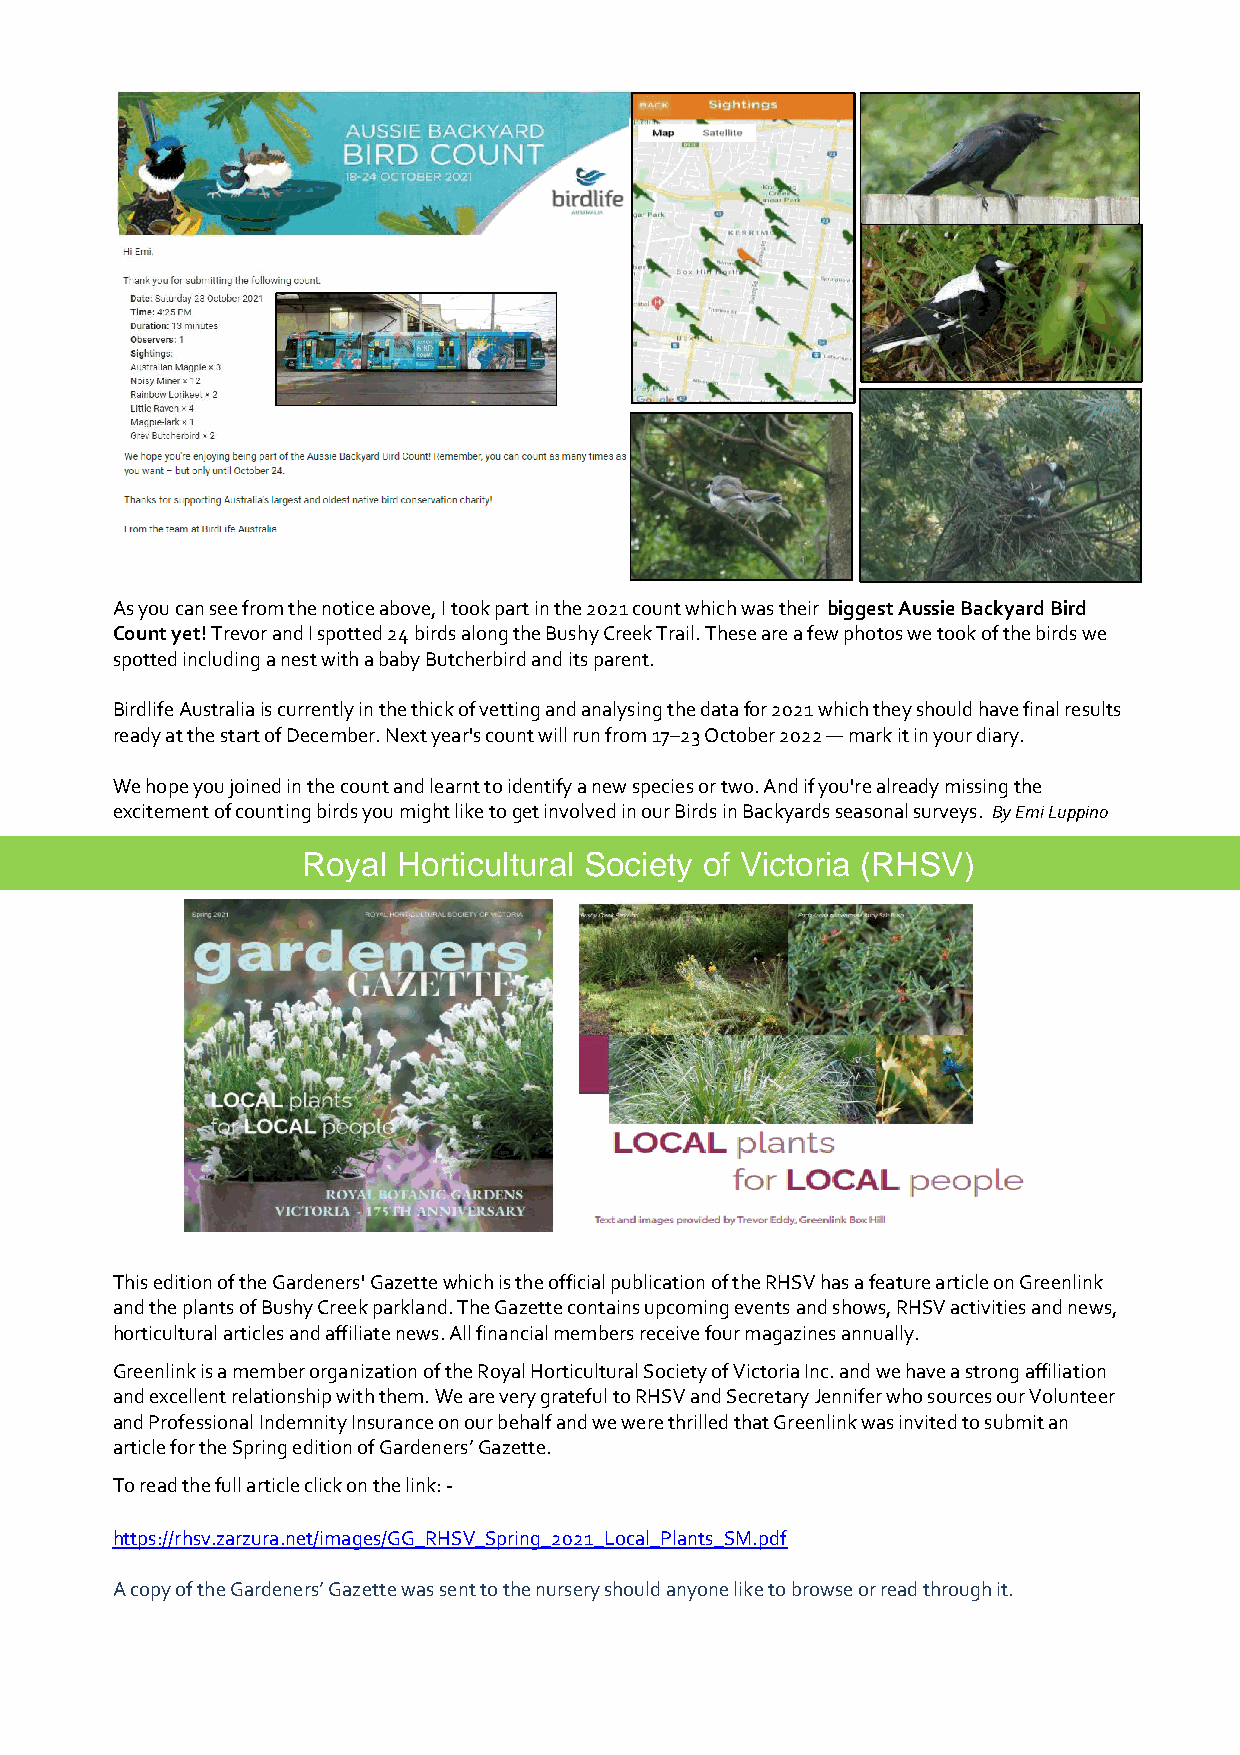
As you can see from the notice above, I took part in the 2021 count which was their biggest Aussie Backyard Bird
 Count yet! Trevor and I spotted 24 birds along the Bushy Creek Trail. These are a few photos we took of the birds we
 spotted including a nest with a baby Butcherbird and its parent.
 Birdlife Australia is currently in the thick of vetting and analysing the data for 2021 which they should have final results
 ready at the start of December. Next year's count will run from 17–23 October 2022 — mark it in your diary.
 We hope you joined in the count and learnt to identify a new species or two. And if you're already missing the
 excitement of counting birds you might like to get involved in our Birds in Backyards seasonal surveys. By Emi Luppino
 Royal Horticultural Society of Victoria (RHSV)
 This edition of the Gardeners' Gazette which is the official publication of the RHSV has a feature article on Greenlink
 and the plants of Bushy Creek parkland. The Gazette contains upcoming events and shows, RHSV activities and news,
 horticultural articles and affiliate news. All financial members receive four magazines annually.
 Greenlink is a member organization of the Royal Horticultural Society of Victoria Inc. and we have a strong affiliation
 and excellent relationship with them. We are very grateful to RHSV and Secretary Jennifer who sources our Volunteer
 and Professional Indemnity Insurance on our behalf and we were thrilled that Greenlink was invited to submit an
 article for the Spring edition of Gardeners’ Gazette.
 To read the full article click on the link: -
 https://rhsv.zarzura.net/images/GG_RHSV_Spring_2021_Local_Plants_SM.pdf
 A copy of the Gardeners’ Gazette was sent to the nursery should anyone like to browse or read through it.